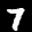
Label: 7